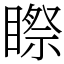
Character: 𥉻